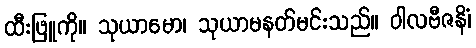
ထီးဖြူကို။ သုယာမော၊ သုယာမနတ်မင်းသည်။ ဝါလဗီဇနိံ၊